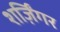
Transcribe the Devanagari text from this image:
शर्ज़िंगर